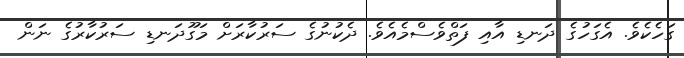
ގަހެކެވެ. އެގަހުގެ ދަނޑި އާއި ފަތްވެސްމެއެވެ. ދެކުނުގެ ސަރުކާރަށް މަގޫދަނޑި ސަރުކާރުގެ ނަން